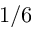
1 / 6